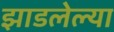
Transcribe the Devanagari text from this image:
झाडलेल्या